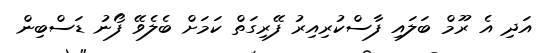
އަދި އެ ރޫމް ބަލައި ފާސްކުރިއިރު ފޭރިގަތް ކަމަށް ބެލެވޭ ފޯނު ޑަސްބިން